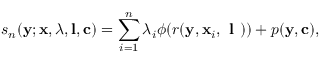
s _ { n } ( \ensuremath { \mathbf { y } } ; \ensuremath { \mathbf { x } } , \boldsymbol { \lambda } , \mathbf { l } , \mathbf { c } ) = \sum _ { i = 1 } ^ { n } \lambda _ { i } \phi ( r ( \ensuremath { \mathbf { y } } , \ensuremath { \mathbf { x } } _ { i } , \textbf { l } ) ) + p ( \ensuremath { \mathbf { y } } , \mathbf { c } ) ,